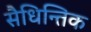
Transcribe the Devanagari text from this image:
सैधिन्तिक